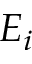
E _ { i }